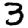
Digit: 3